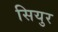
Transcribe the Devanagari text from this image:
सियुर